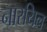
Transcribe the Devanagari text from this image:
नारयिल